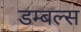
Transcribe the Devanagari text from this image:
डम्बल्स